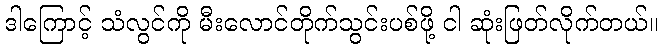
ဒါကြောင့် သံလွင်ကို မီးလောင်တိုက်သွင်းပစ်ဖို့ ငါ ဆုံးဖြတ်လိုက်တယ်။